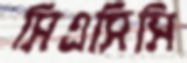
সিএসিসি